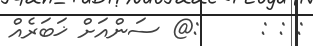
: : :     :@ ސަންއަށް ޚަބަރެއް